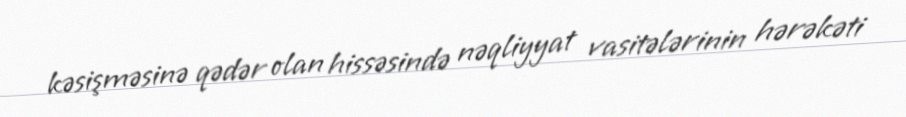
kəsişməsinə qədər olan hissəsində nəqliyyat vasitələrinin hərəkəti